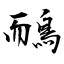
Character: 鴯